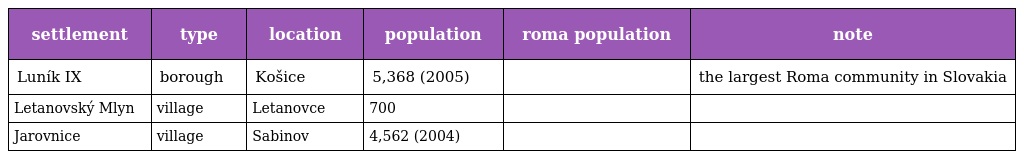
| settlement | type | location | population | roma population | note |
 | --- | --- | --- | --- | --- | --- |
 | Luník IX | borough | Košice | 5,368 (2005) |  | the largest Roma community in Slovakia |
 | Letanovský Mlyn | village | Letanovce | 700 |  |  |
 | Jarovnice | village | Sabinov | 4,562 (2004) |  |  |